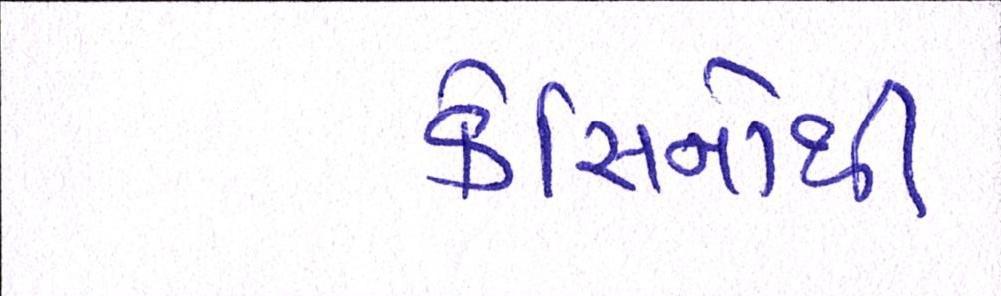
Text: કેસિનોથી